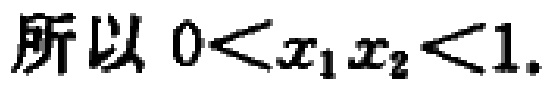
所以 \(0<x_{1}x_{2}<1\).